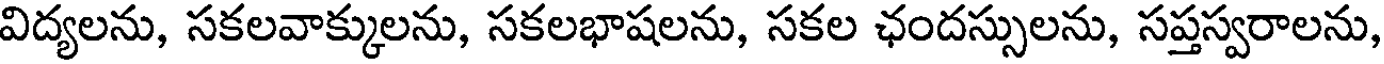
విద్యలను, సకలవాక్కులను, సకలభాషలను, సకల ఛందస్సులను, సప్తస్వరాలను,